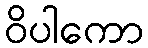
ဝိပါကော